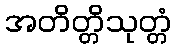
အတိတ္တိသုတ္တံ